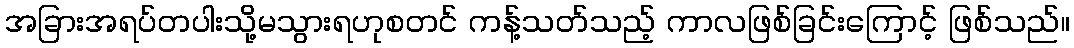
အခြားအရပ်တပါးသို့မသွားရဟုစတင် ကန့်သတ်သည့် ကာလဖြစ်ခြင်းကြောင့် ဖြစ်သည်။